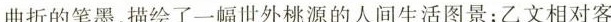
曲折的笔墨，描绘了一幅世外桃源的人间生活图景；乙文相对客